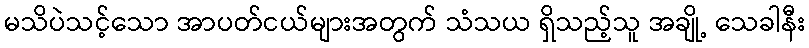
မသိပဲသင့်သော အာပတ်ငယ်များအတွက် သံသယ ရှိသည့်သူ အချို့ သေခါနီး